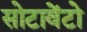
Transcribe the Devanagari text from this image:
सोटावेंटो